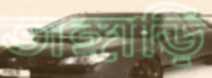
ভাঙ্গাড়ি